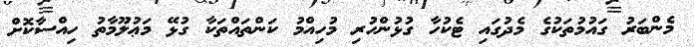
މެންބަރު ގައުމުތަކުގެ މެދުގައި ޓެކުހާ ގުޅުންހުރި މުހިއްމު ކަންތައްތަކާ ގުޅޭ މަޢުލޫމާތު ހިއްސާކޮށް